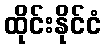
ထိုင်းနိုင်ငံ